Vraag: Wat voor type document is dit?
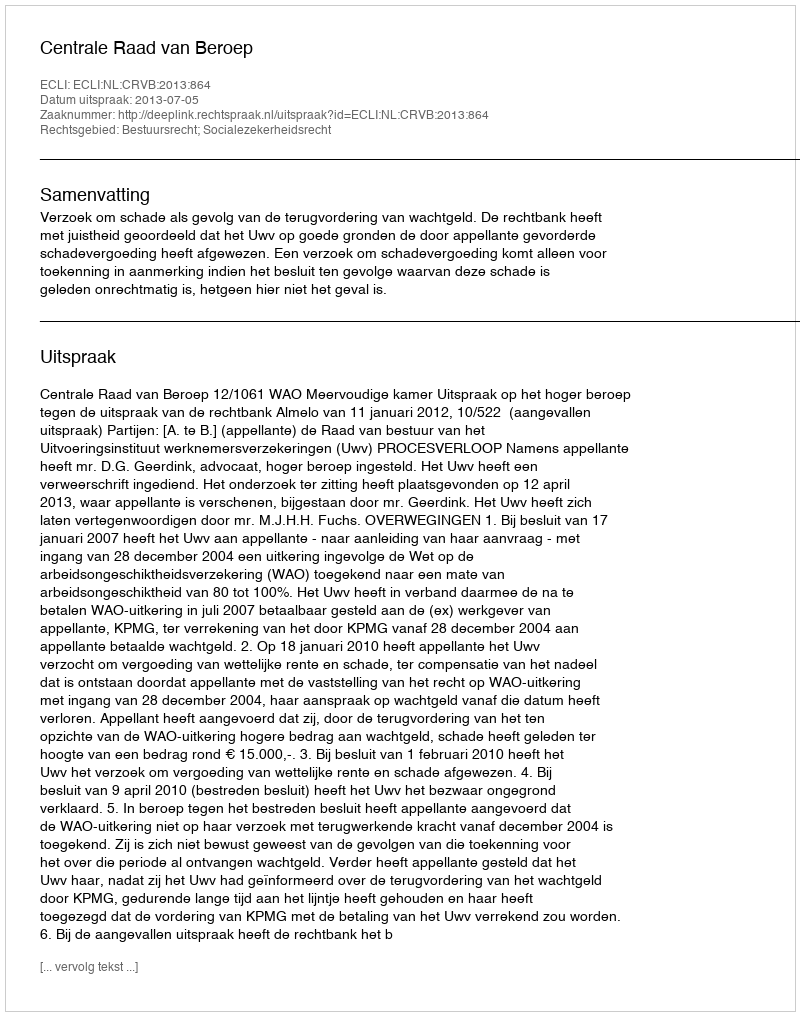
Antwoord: Uitspraak